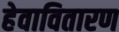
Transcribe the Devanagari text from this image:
हेवावितारण